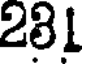
281